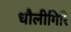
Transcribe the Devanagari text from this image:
धौलीगिरि